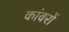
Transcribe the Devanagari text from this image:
कांवरों